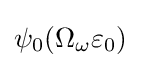
\psi _{0}(\Omega _{\omega }\varepsilon _{0})